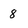
Character: 8